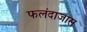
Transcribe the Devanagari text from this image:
फलंदाजास